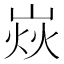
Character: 𡹖